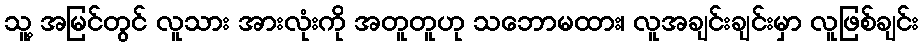
သူ့ အမြင်တွင် လူသား အားလုံးကို အတူတူဟု သဘောမထား၊ လူအချင်းချင်းမှာ လူဖြစ်ချင်း